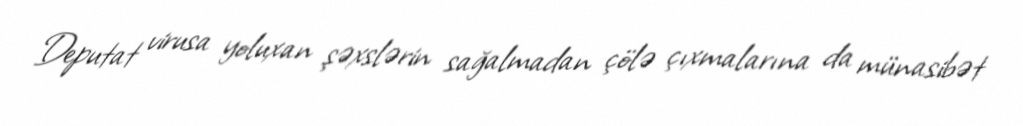
Deputat virusa yoluxan şəxslərin sağalmadan çölə çıxmalarına da münasibət